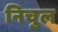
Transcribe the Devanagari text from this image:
निचुल